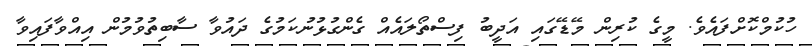
ހުކުމްކޮށްފައެވެ. މީގެ ކުރިން މޭޑޭގައި އަދީބު ފިސްތޯލައެއް ގެންގުޅުނުކަމުގެ ދައުވާ ސާބިތުވުމުން އިއްވާފައިވާ